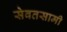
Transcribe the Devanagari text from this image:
सेवतसामी